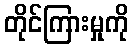
တိုင်ကြားမှုကို